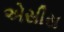
એસીસ